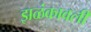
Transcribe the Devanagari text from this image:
झळंकावली